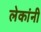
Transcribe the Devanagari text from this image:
लेकांनी